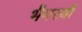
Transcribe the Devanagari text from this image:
भैमरथी